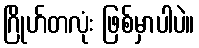
ဂြိုဟ်တလုံး ဖြစ်မှာပါပဲ။